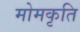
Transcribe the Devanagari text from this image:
मोमकृति